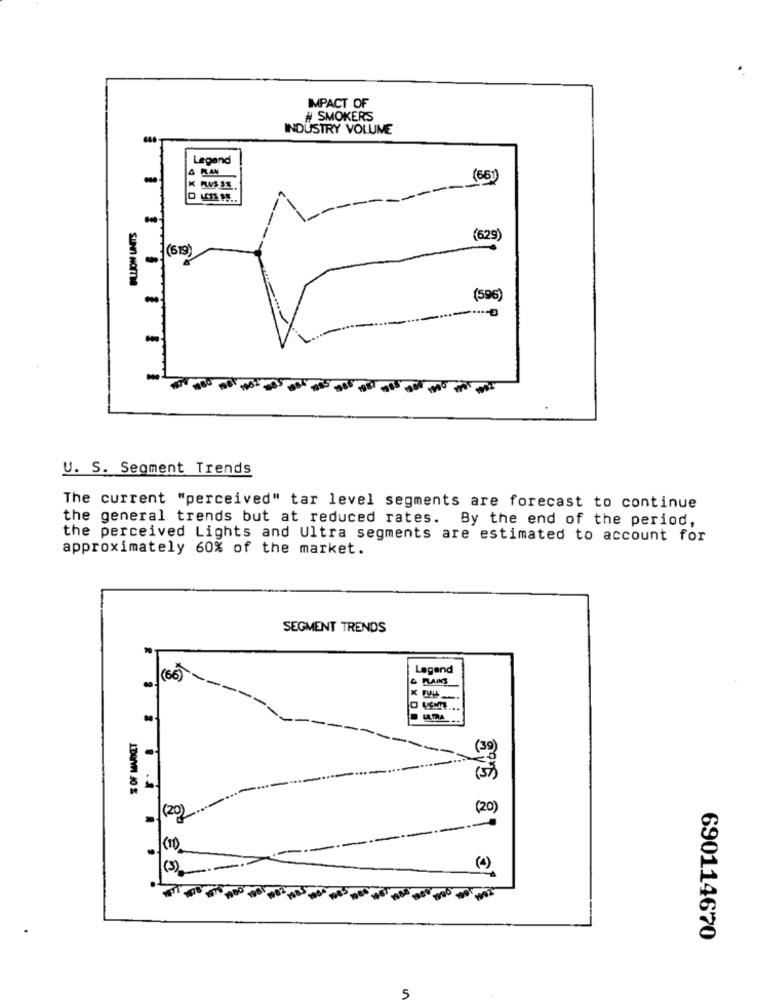
IMPACT OF
# SMOKERS
INDUSTRY VOLUME
Legend
-
(66)
4XD
(629)
(619)
-
SUNN NOMIS
-
(596)
-
U. S. Segment Trends
The current "perceived" tar level segments are forecast to continue
the general trends but at reduced rates. By the end of the period,
the perceived Lights and Ultra segments are estimated to account for
approximately 60% of the market.
SEGMENT TRENDS
Legend
(66)
& RANS
LALTRA
(20)
(20)
(1)
(4)
690114670